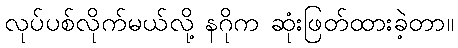
လုပ်ပစ်လိုက်မယ်လို့ နဂိုက ဆုံးဖြတ်ထားခဲ့တာ။